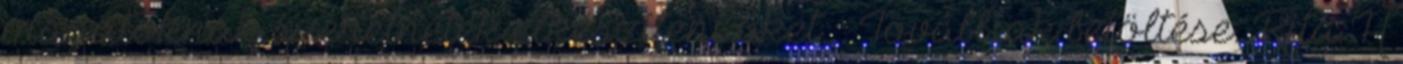
magatoknak szeretnétek elkészíteni őket. : Továbbiak betöltése. Rita H